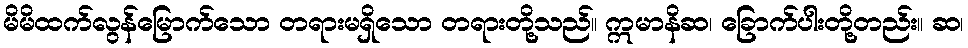
မိမိထက်လွန်မြောက်သော တရားမရှိသော တရားတို့သည်။ ဣမာနိဆ၊ ခြောက်ပါးတို့တည်း။ ဆ၊